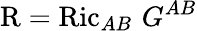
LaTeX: \operatorname{R}=\operatorname{Ric}_{AB}\, G^{AB}